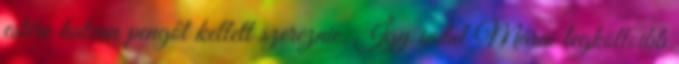
estére hatvan pengőt kellett szereznie. Így indul Márai legköltőibb